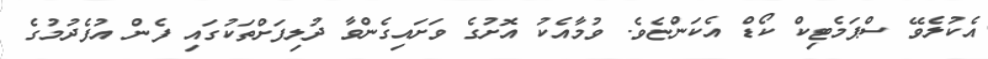
އެކުލެވޭ ސްޕަމެޓިކް ކޯޑް އެކަންޏެވެ. ވުމާއެކު އޮށުގެ ވަށައިގެންވާ ދުލިފަށްތަކުގައި ފެން އުފެދުމުގެ